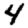
Digit: 4